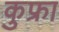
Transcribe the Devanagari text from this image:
कुफ्रा